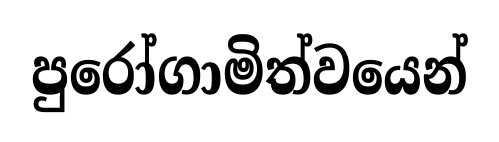
පුරෝගාමිත්වයෙන්